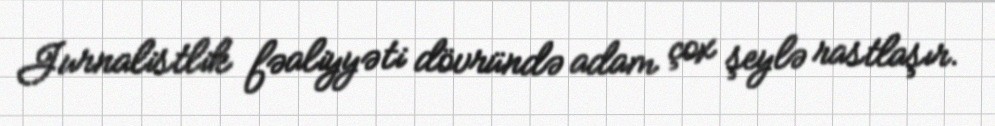
Jurnalistlik fəaliyyəti dövründə adam çox şeylə rastlaşır.